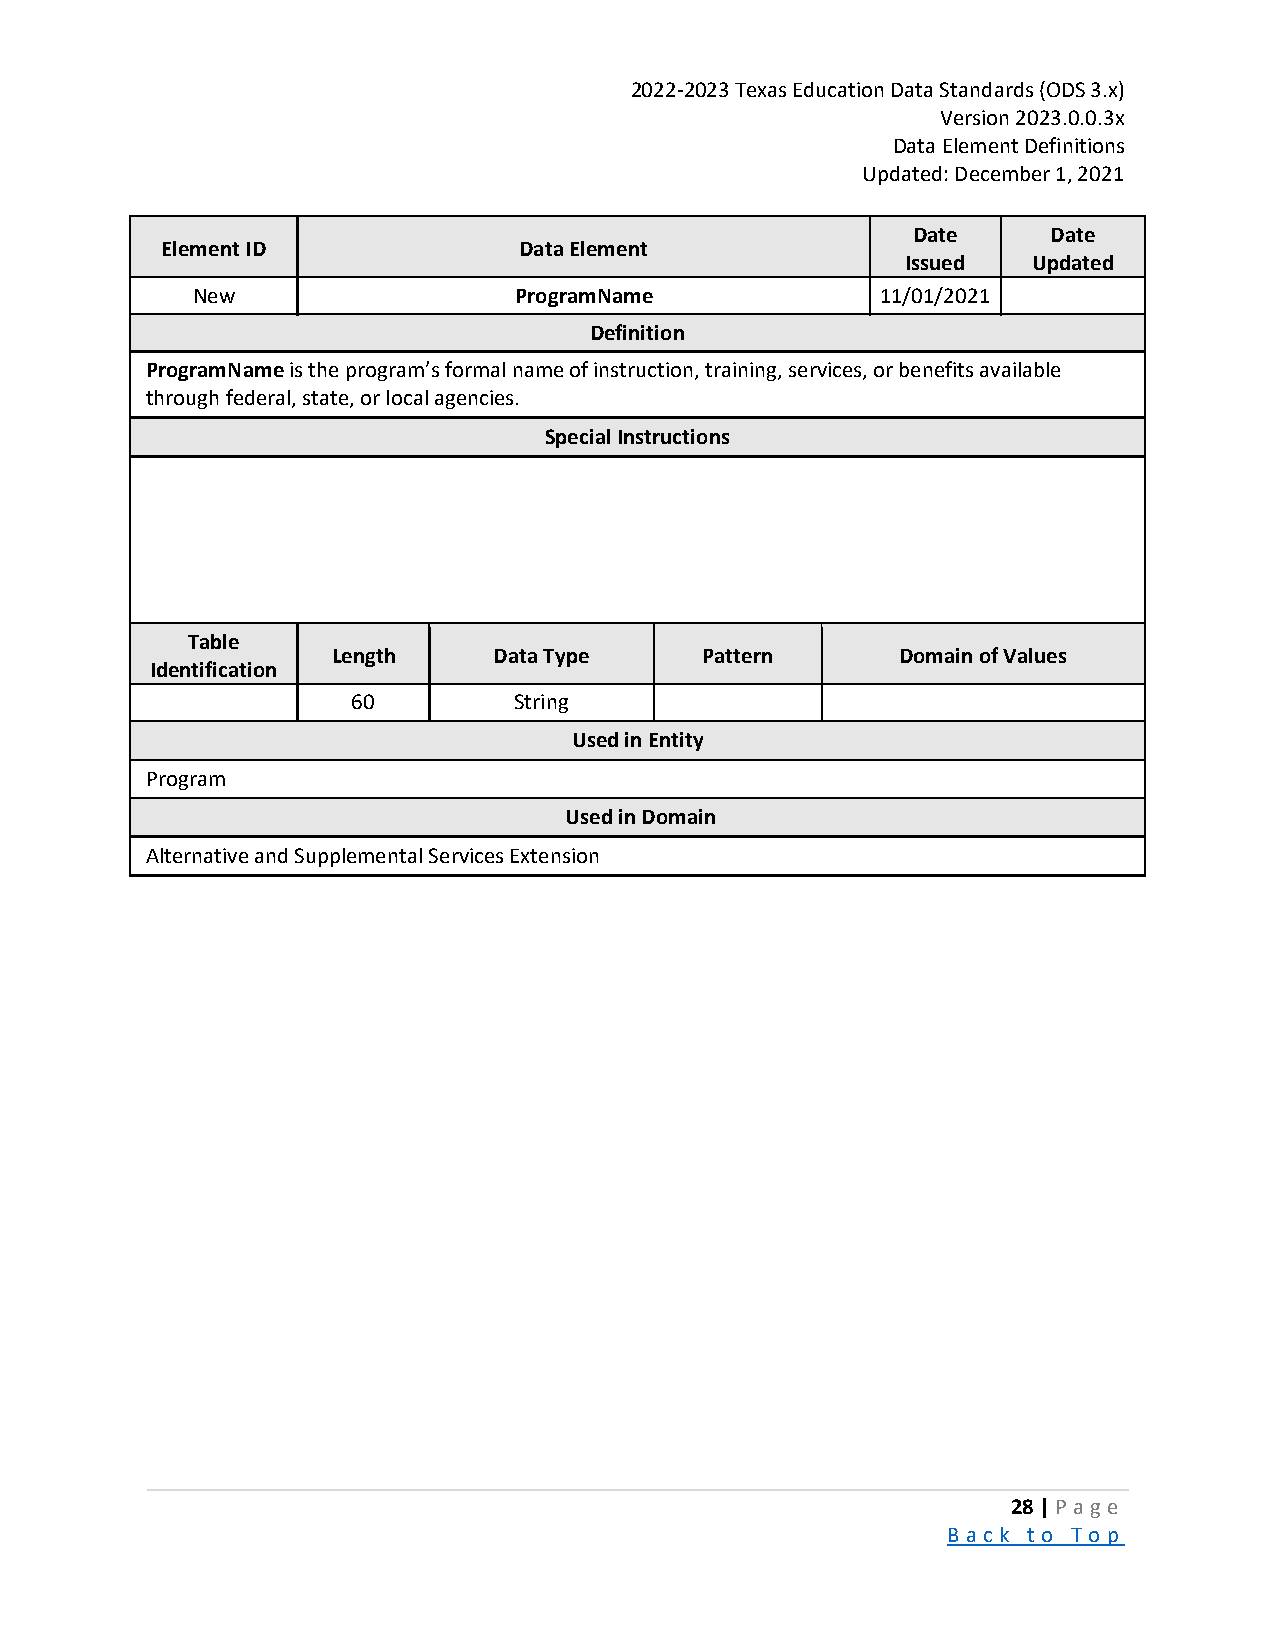
2022-2023 Texas Education Data Standards (ODS 3.x)
 Version 2023.0.0.3x
 Data Element Definitions
 Updated: December 1, 2021
 Date      Date
 Element ID             Data Element
 Issued  Updated
 New                  ProgramName             11/01/2021
 Definition
 ProgramName is the program’s formal name of instruction, training, services, or benefits available
 through federal, state, or local agencies.
 Special Instructions
 Table
 Length     Data Type    Pattern       Domain of Values
 Identification
 60         String
 Used in Entity
 Program
 Used in Domain
 Alternative and Supplemental Services Extension
 28 | P a ge
 B a ck to To p